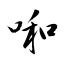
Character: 啝